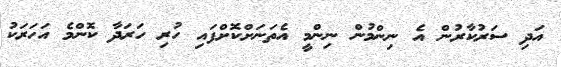
އަދި ސަރުކާރުން އެ ނިންމުން ނިންމީ އެތަނަށްކޮށްފައި ހުރި ހަރަދާ ކޮންމެ އަހަރަކު